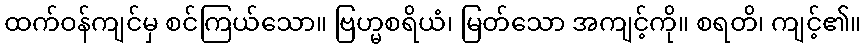
ထက်ဝန်ကျင်မှ စင်ကြယ်သော။ ဗြဟ္မစရိယံ၊ မြတ်သော အကျင့်ကို။ စရတိ၊ ကျင့်၏။